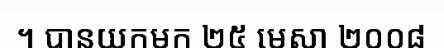
។ បានយកមក ២៥ មេសា ២០០៨